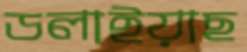
ডলাইয়াছ